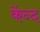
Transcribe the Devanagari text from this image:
केंन्द